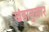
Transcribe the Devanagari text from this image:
खंडानुसार